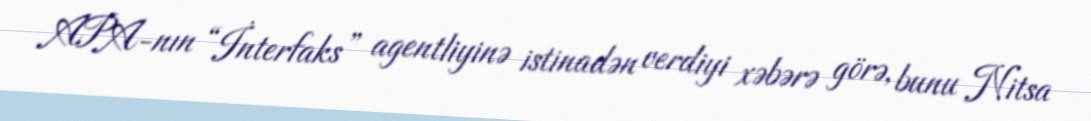
APA-nın “İnterfaks” agentliyinə istinadən verdiyi xəbərə görə, bunu Nitsa